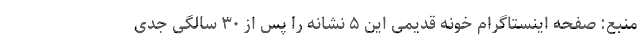
منبع: صفحه اینستاگرام خونه قدیمی این ۵ نشانه را پس از ۳۰ سالگی جدی